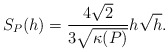
\begin{align*} S_P(h)=\frac{4\sqrt{2}}{3\sqrt{\kappa(P)}}h\sqrt{h}. \end{align*}